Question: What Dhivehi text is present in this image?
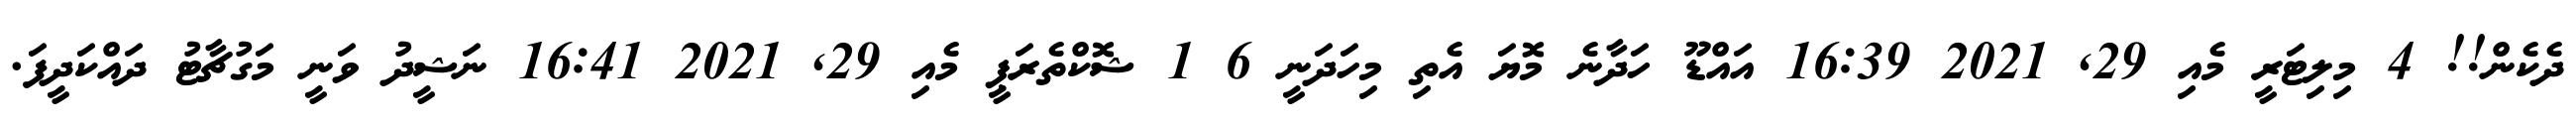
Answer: ދެކެން!! 4 މިލިޓަރީ މެއި 29, 2021 16:39 އައްޑޫ ހަދާނެ މޮޔަ އެތި މިހަދަނީ 6 1 ޝޮކްތެރަޕީ މެއި 29, 2021 16:41 ނަޝީދު ވަނީ މަގުޗާޓު ދައްކަދީފަ.